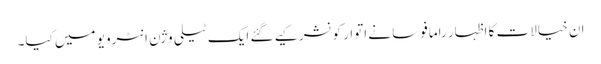
ان خیالات کا اظہار رامافوسا نے اتوار کو نشر کیے گئے ایک ٹیلی وژن انٹرویو میں کیا۔